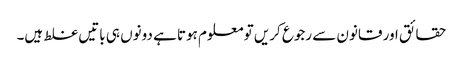
حقائق اور قانون سے رجوع کریں تو معلوم ہوتا ہے دونوں ہی باتیں غلط ہیں۔